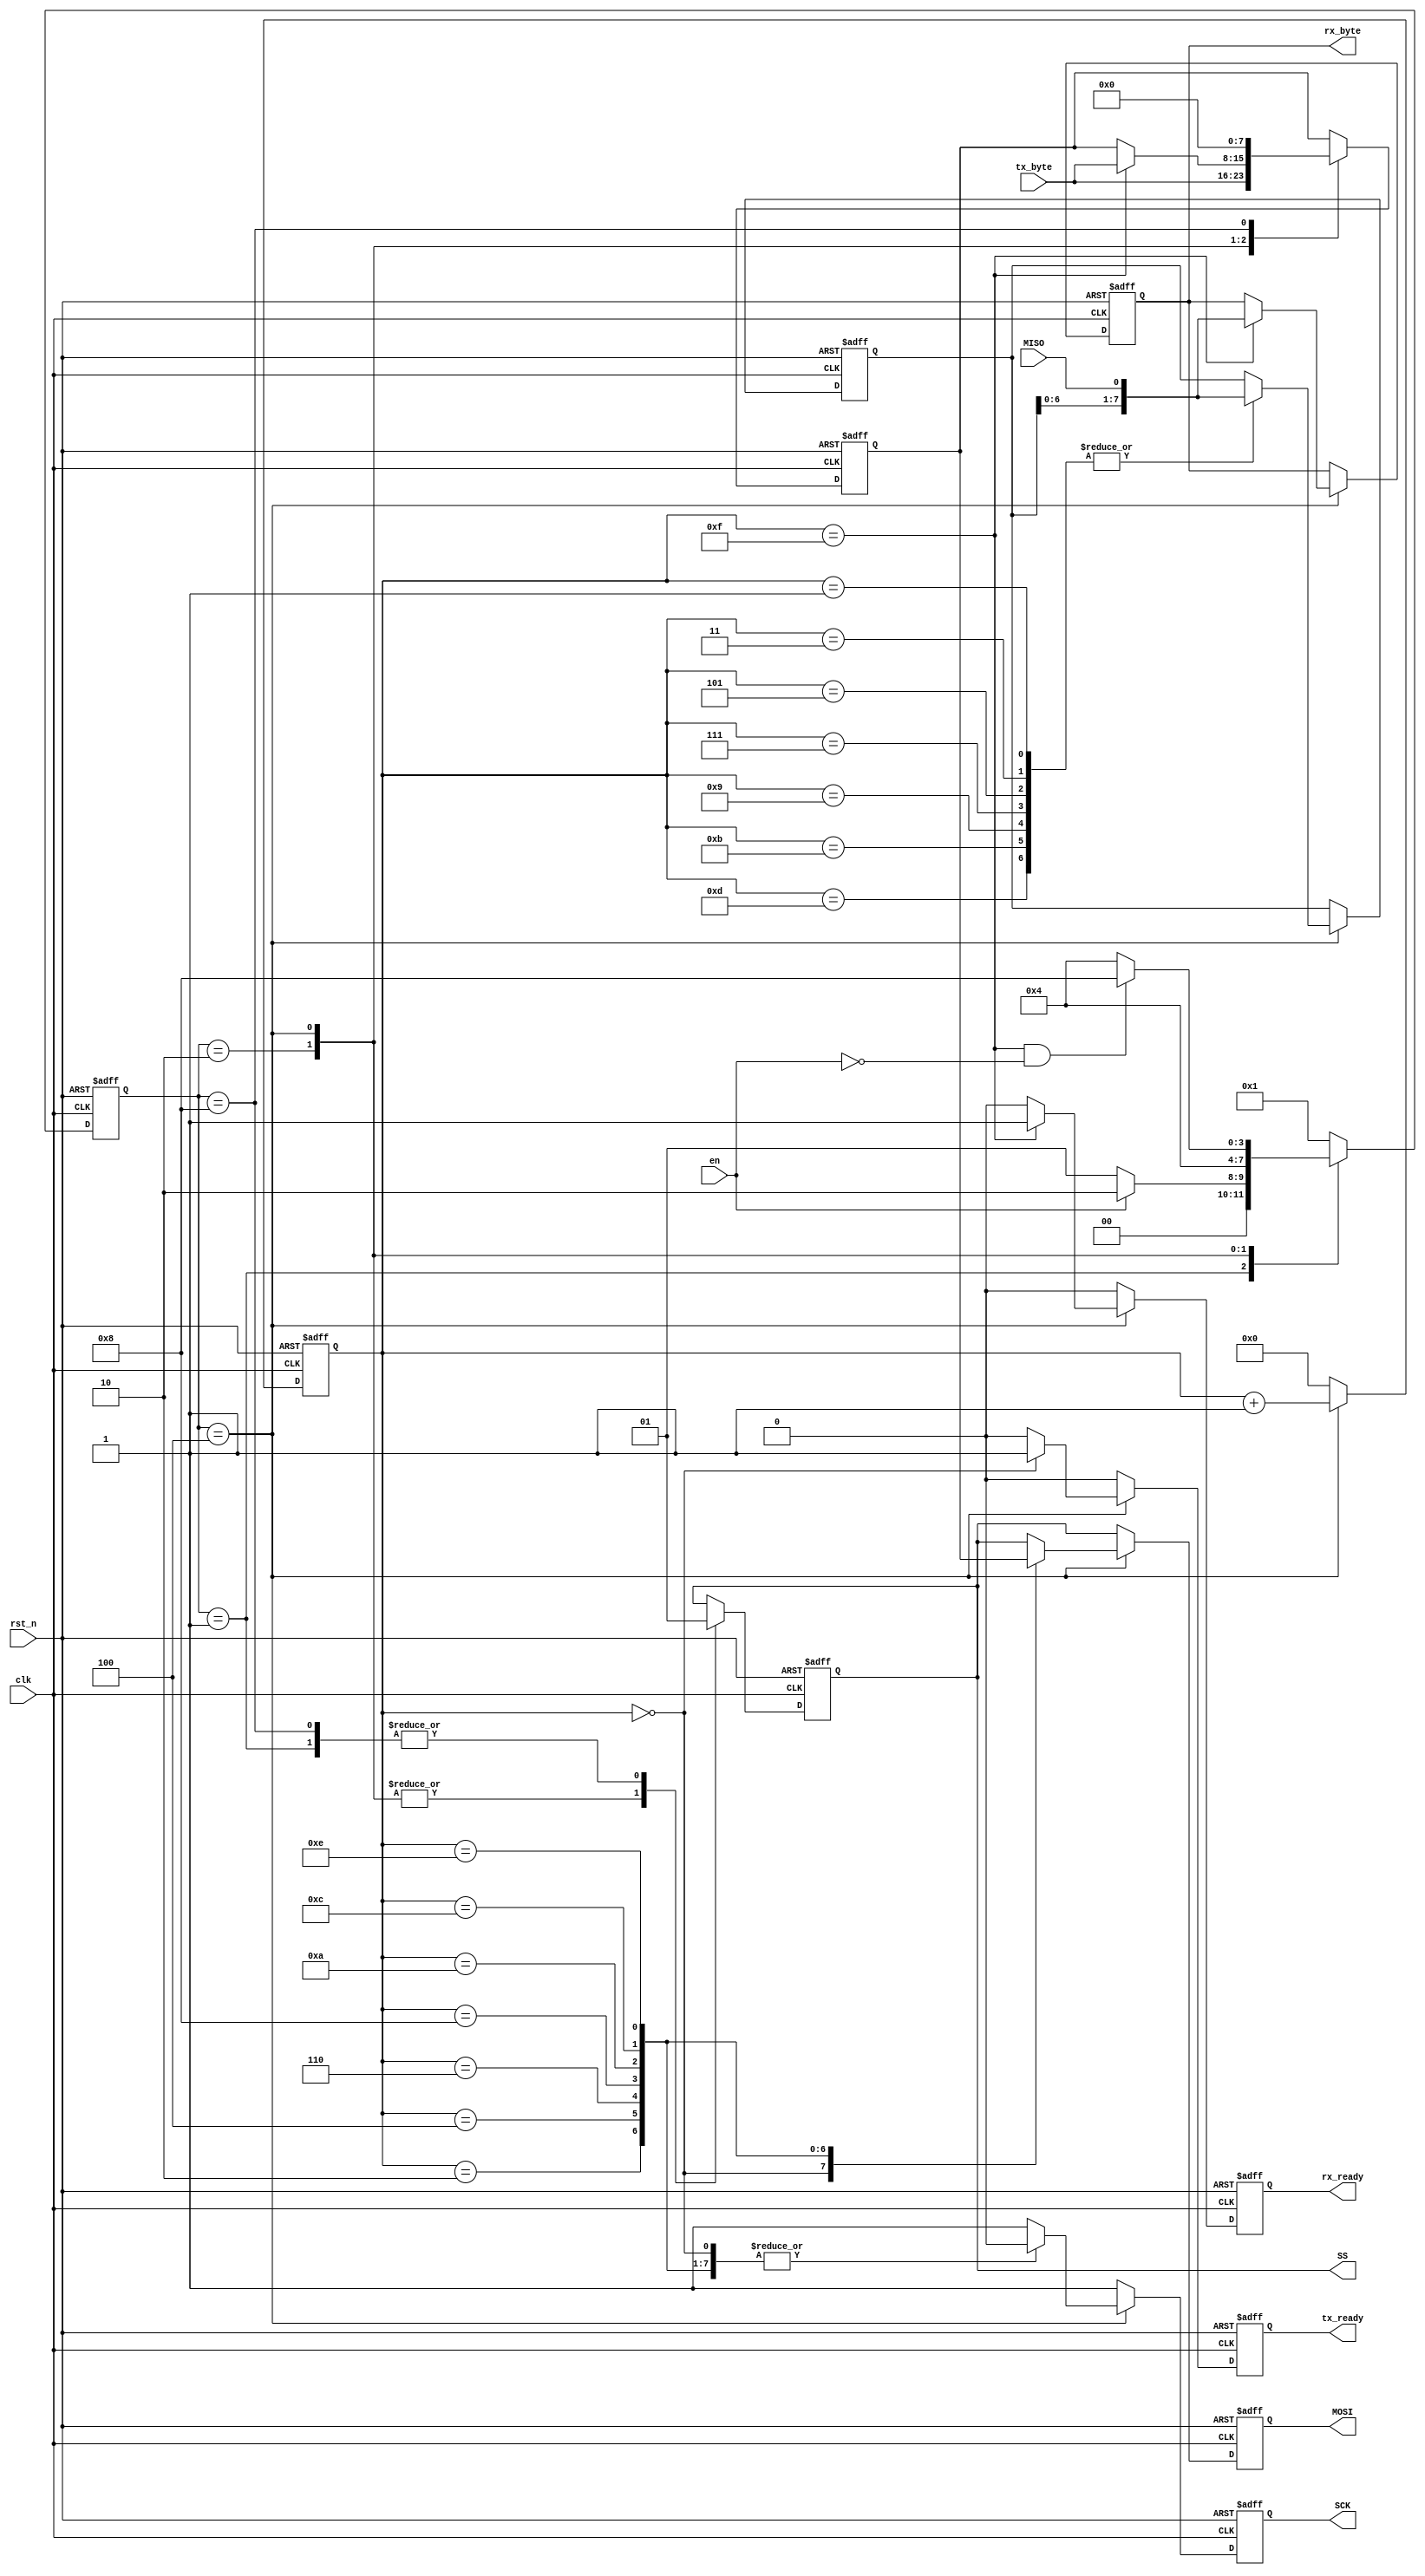

module spi_master(
    input clk,
    input rst_n,
    input en,
    input [7:0] tx_byte,
    output reg [7:0] rx_byte,
    output reg tx_ready,
    output reg rx_ready,

    input MISO,
    output reg SS,
    output reg SCK,
    output reg MOSI
);
    reg [3:0] state,next_state;
    reg [3:0] trans_cnt;
    reg [7:0] tx_buf;
    reg [7:0] rx_buf;
    wire [2:0] bit_cnt;
    wire cnt_full;

    assign bit_cnt = trans_cnt[3:1];
    assign cnt_full = (trans_cnt == 15);

localparam ST_IDLE   = 4'b0001,
           ST_START  = 4'b0010,
           ST_TRANS  = 4'b0100,
           ST_STOP   = 4'b1000;

always @(posedge clk or negedge rst_n) begin
    if(!rst_n)
        state <= ST_IDLE;
    else
        state <= next_state;
end

always @(*) begin
    case (state)
        ST_IDLE   : begin
            if(en)
                next_state = ST_START;
            else
                next_state = ST_IDLE;
        end
        ST_START  : begin
            next_state = ST_TRANS;
        end
        ST_TRANS  : begin
            if(cnt_full && !en)
                next_state = ST_STOP;
            else
                next_state = ST_TRANS;
        end
        ST_STOP   : begin
            next_state = ST_IDLE;
        end
        default: next_state = ST_IDLE;
    endcase
end

always @(posedge clk or negedge rst_n) begin
    if(!rst_n) begin
        trans_cnt <= 4'd0;
        SS <= 1'b1;
        SCK <= 1'b1;
        MOSI <= 1'b1;
        rx_buf <= 8'h0;
        tx_buf <= 8'h0;
        rx_byte <= 8'h0;
        tx_ready <= 1'b0;
        rx_ready <= 1'b0;
    end
    else begin
        trans_cnt <= 4'd0;
        SS <= SS;
        SCK <= 1'b1;
        MOSI <= SS;
        rx_buf <= rx_buf;
        tx_buf <= tx_buf;
        tx_ready <= 1'b0;
        rx_ready <= 1'b0;
        case(state)
            ST_IDLE     :begin
                SS <= 1'b1;
                SCK <= 1'b1;
            end
            ST_START    :begin
                trans_cnt <= 4'd0;
                SS <= 1'b0;
                tx_buf <= tx_byte;
            end
            ST_TRANS    :begin
                trans_cnt <= trans_cnt + 1'b1;
                SS <= 1'b0;
                case(trans_cnt)
                    0:  begin  SCK <= 1'b0; MOSI <= tx_buf[7]; tx_ready <= 1'b1;end
                    2:  begin  SCK <= 1'b0; MOSI <= tx_buf[6]; end
                    4:  begin  SCK <= 1'b0; MOSI <= tx_buf[5]; end
                    6:  begin  SCK <= 1'b0; MOSI <= tx_buf[4]; end
                    8:  begin  SCK <= 1'b0; MOSI <= tx_buf[3]; end
                    10: begin  SCK <= 1'b0; MOSI <= tx_buf[2]; end
                    12: begin  SCK <= 1'b0; MOSI <= tx_buf[1]; end
                    14: begin  SCK <= 1'b0; MOSI <= tx_buf[0]; end
                    1,3,5,7,9,11,13: begin rx_buf <= {rx_buf[6:0],MISO}; end
                    15: begin
                        rx_byte <= {rx_buf[6:0],MISO};
                        tx_buf <= tx_byte;
                        rx_ready <= 1'b1;
                    end
                    default: ;
                endcase
            end
            ST_STOP     :begin
                trans_cnt <= 4'd0;
                SS <= 1'b1;
                SCK <= 1'b1;
                tx_buf <= 8'h0;
                rx_ready <= 1'b0;
            end
            default:;
        endcase
    end 
end

endmodule // spi_master_fsm